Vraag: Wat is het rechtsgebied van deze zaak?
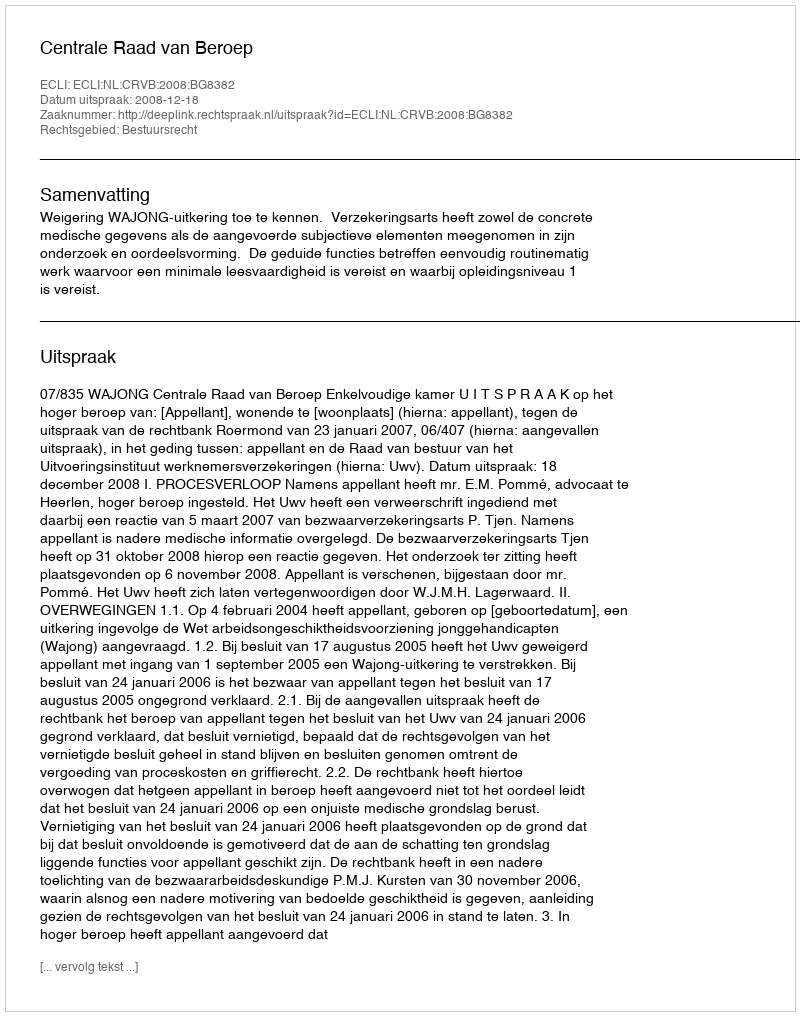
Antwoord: Bestuursrecht